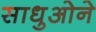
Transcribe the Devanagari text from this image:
साधुओने